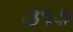
૩૧૭